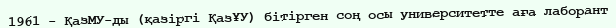
1961 - ҚазМУ-ды (қазіргі ҚазҰУ) бітірген соң осы университетте аға лаборант